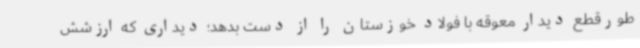
طورقطع دیدار معوقه با فولاد خوزستان را از دست بدهد؛ دیداری که ارزشش